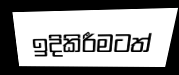
ඉදිකිරීමටත්